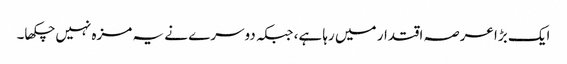
ایک بڑا عرصہ اقتدار میں رہا ہے، جبکہ دوسرے نے یہ مزہ نہیں چکھا۔